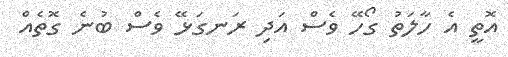
އޮތީ އެ ހާލަތު ގޯހޭ ވެސް އަދި ރަނގަޅޭ ވެސް ބުނެ ގޮތެއް